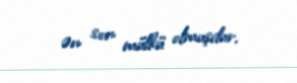
ən son mülkü olmuşdur.